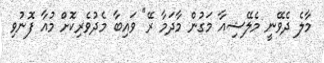
މާލެ ދެވޭނީ މެލޭޝިއާ މަގުން މާދަމާ ރޭ" ވައިބާ މެދުވެރިކޮށް މުއާ ފޮނުވި